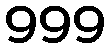
999